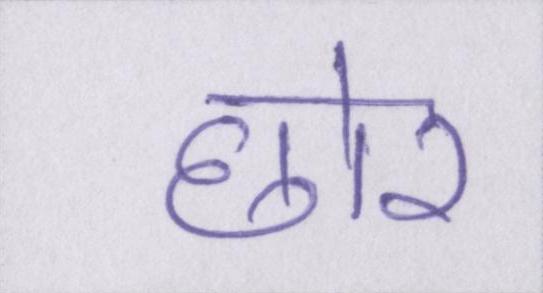
छोर